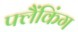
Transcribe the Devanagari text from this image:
फ्लैंकिंग